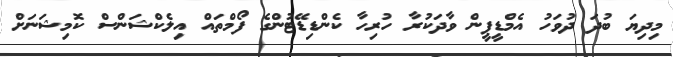
މިދިޔަ ބުދަ ދުވަހު އެމްޑީޕީން ވާދަކުރާ ހުރިހާ ކެންޑިޑޭޓުންގެ ފޯމްތައް އިލެކްޝަންސް ކޮމިޝަނަށް